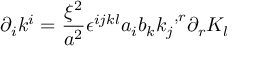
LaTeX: { \partial } _ { i } k ^ { i } = \frac { { \xi } ^ { 2 } } { a ^ { 2 } } { \epsilon } ^ { i j k l } a _ { i } b _ { k } { k _ { j } } ^ { , r } { \partial } _ { r } K _ { l }